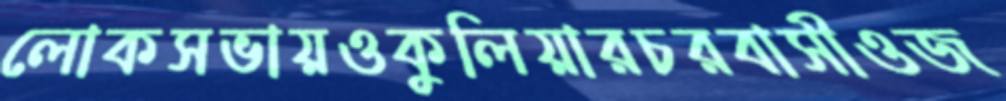
লোকসভায়ওকুলিয়ারচরবাসীওজ